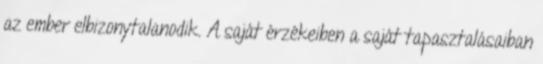
az ember elbizonytalanodik. A saját érzékeiben a saját tapasztalásaiban